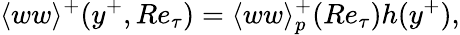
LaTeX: \langle ww\rangle^{+}(y^{+},Re_{\tau})=\langle ww\rangle_{p}^{+}(Re_{\tau})h(y^{+}),